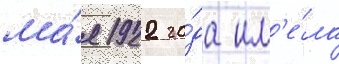
ма́я 1922 го́да им'е́ла